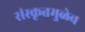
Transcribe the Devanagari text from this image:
संस्कृतमुळेच